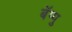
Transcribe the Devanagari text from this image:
बॅप्पु